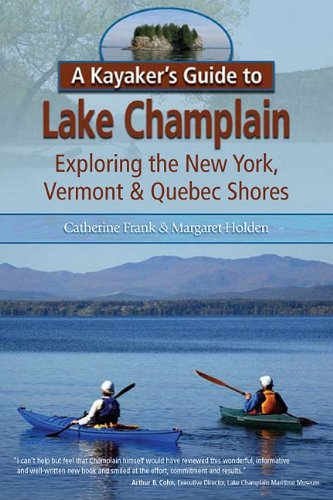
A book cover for A Kayaker's Guide to Lake Champlain: Exploring the New York, Vermont & Quebec Shores; Catherine Frank & Margaret Holden; Science & Math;